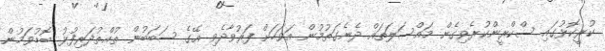
ކުރީކޮޅުގައި ސްކްރީންކުރެވިގެން މައްސަލަތައް ދެނެގަތުމުން އަވަހަށް ފަރުވާދެވި އޭގެ ސަބަބުން ތުއްތުދަރިފުޅު ބޮޑުވަމުން